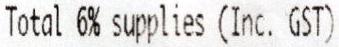
TOTAL 6% SUPPLIES (INC. GST):